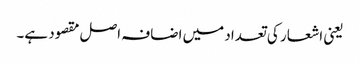
یعنی اشعار کی تعداد میں اضافہ اصل مقصود ہے۔